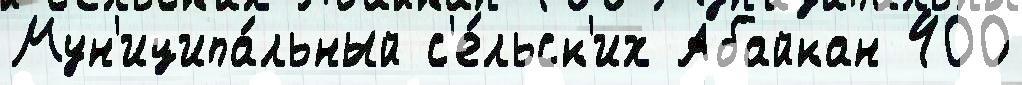
Мун'иципа́льный с'е́льск'их Абайкан 400